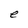
Character: e